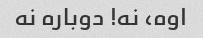
اوه، نه! دوباره نه